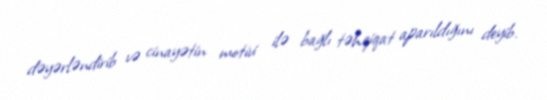
dəyərləndirib və cinayətin motivi ilə bağlı təhqiqat aparıldığını deyib.